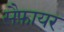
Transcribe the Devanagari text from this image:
सैफ़ायर